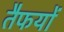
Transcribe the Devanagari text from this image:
तैफयों